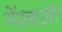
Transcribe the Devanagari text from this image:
गेंदबाजी।